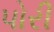
પોરી